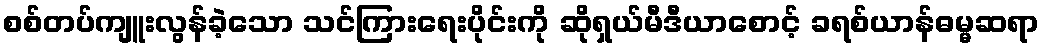
စစ်တပ်ကျူးလွန်ခဲ့သော သင်ကြားရေးပိုင်းကို ဆိုရှယ်မီဒီယာစောင့် ခရစ်ယာန်ဓမ္မဆရာ